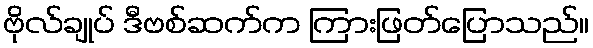
ဗိုလ်ချုပ် ဒီဗစ်ဆက်က ကြားဖြတ်ပြောသည်။